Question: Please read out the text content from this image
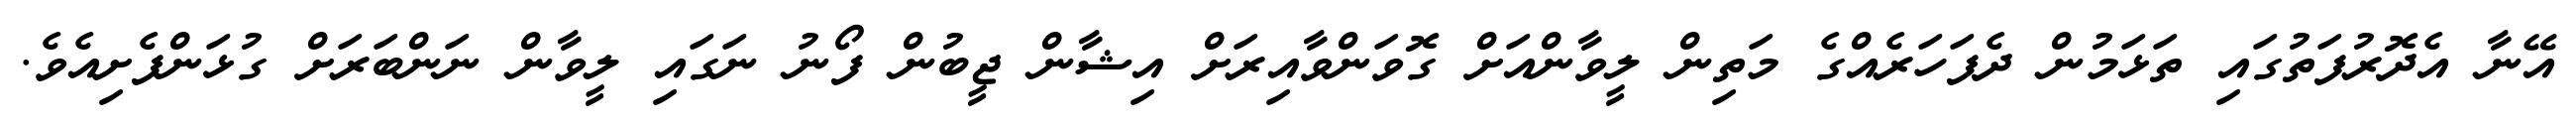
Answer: އޭނާ އެދޮރުފަތުގައި ތަޅަމުން ދެފަހަރެއްގެ މަތިން ލީވާންއަށް ގޮވަންވާއިރަށް އިޝާން ޖީބުން ފޯނު ނަގައި ލީވާން ނަންބަރަށް ގުޅަންފެށިއެވެ.